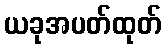
ယခုအပတ်ထုတ်